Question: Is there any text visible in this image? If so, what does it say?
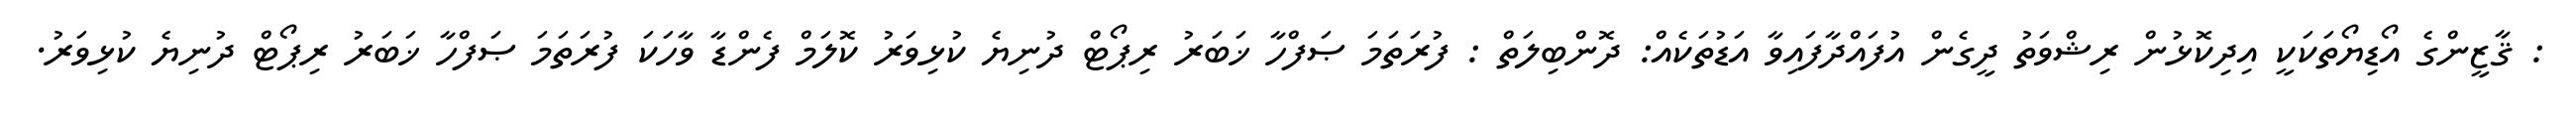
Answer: : ޤާޒީންގެ އޯޑިޔޯތަކަކީ އިދިކޮޅުން ރިޝްވަތު ދީގެން އުފައްދާފައިވާ އަޑުތަކެއް: ދޮންބިލަތް : ފުރަތަމަ ޞަފްހާ ޚަބަރު ރިޕޯޓް ދުނިޔެ ކުޅިވަރު ކޮލަމް ފެންޑާ ވާހަކަ ފުރަތަމަ ޞަފްހާ ޚަބަރު ރިޕޯޓް ދުނިޔެ ކުޅިވަރު.